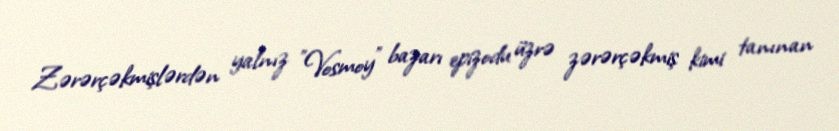
Zərərçəkmişlərdən yalnız "Vosmoy" bazarı epizodu üzrə zərərçəkmiş kimi tanınan